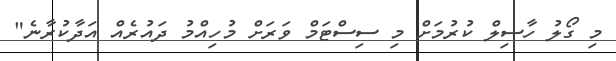
މި ގޯލު ހާސިލް ކުރުމަށް މި ސިސްޓަމް ވަރަށް މުހިއްމު ދައުރެއް އަދާކުރާނެ"